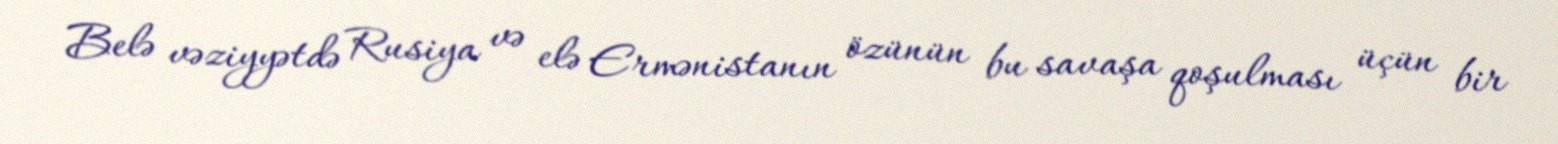
Belə vəziyyətdə Rusiya və elə Ermənistanın özünün bu savaşa qoşulması üçün bir